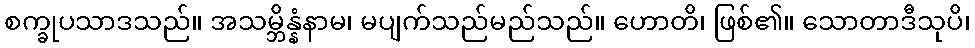
စက္ခုပသာဒသည်။ အသမ္ဘိန္နံနာမ၊ မပျက်သည်မည်သည်။ ဟောတိ၊ ဖြစ်၏။ သောတာဒီသုပိ၊